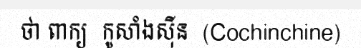
ថា ពាក្យ  កូសាំងស៊ីន  (Cochinchine)